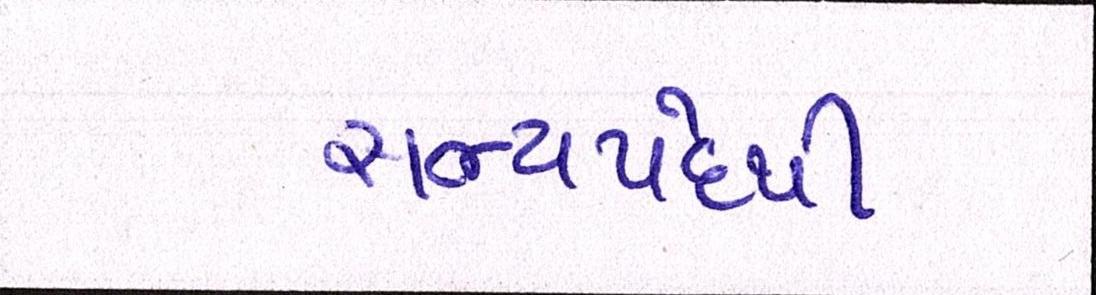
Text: સભ્યપદેથી